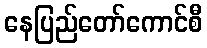
နေပြည်တော်ကောင်စီ